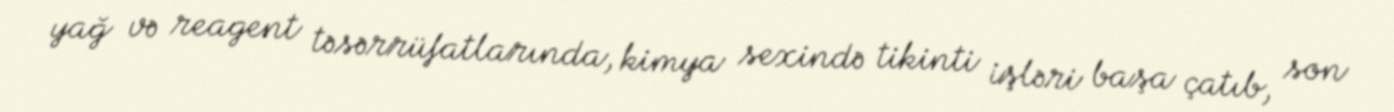
yağ və reagent təsərrüfatlarında, kimya sexində tikinti işləri başa çatıb, son